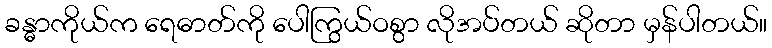
ခန္ဓာကိုယ်က ရေဓာတ်ကို ပေါကြွယ်ဝစွာ လိုအပ်တယ် ဆိုတာ မှန်ပါတယ်။